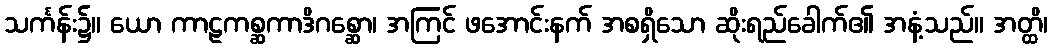
သင်္ကန်း၌။ ယော ကာဠကစ္ဆကာဒိဂစ္ဆော၊ အကြင် ဖအောင်းနက် အစရှိသော ဆိုးရည်ခေါက်၏ အနံ့သည်။ အတ္ထိ၊